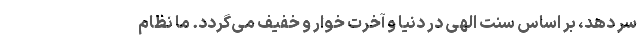
سر دهد، بر اساس سنت الهی در دنیا و آخرت خوار و خفیف می‌گردد. ما نظامِ